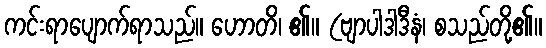
ကင်းရာပျောက်ရာသည်။ ဟောတိ၊ ၏။ (ဗျာပါဒါဒီနံ၊ စသည်တို့၏။